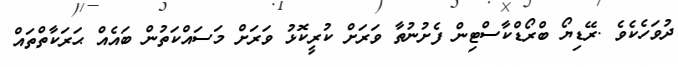
ދުވަހެކެވެ .ރޭޑިޔޯ ބްރޯޑްކާސްޓިން ފެށުނުތާ ވަރަށް ކުރީކޮޅު ވަރަށް މަސައްކަތުން ބައެއް ޙަރަކާތްތައް